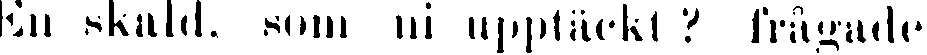
En skald, som ni upptäckt? frågade